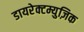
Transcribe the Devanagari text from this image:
डायरेक्टम्युज़िक